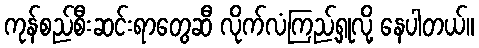
ကုန်စည်စီးဆင်းရာတွေဆီ လိုက်လံကြည့်ရှုလို့ နေပါတယ်။